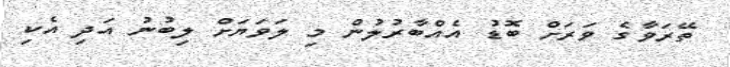
ތޭރަވާގެ ވަރަށް ބޮޑު އެއްބާރުލުން މި ލަވަޔަށް ލިބުނު އަދި އެކި